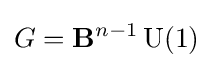
G=\mathbf {B} ^{n-1}\operatorname {U} (1)